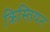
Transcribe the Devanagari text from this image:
क्रिस्तियन